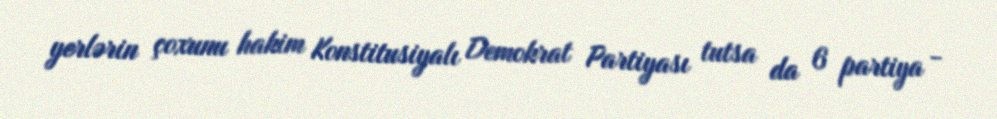
yerlərin çoxunu hakim Konstitusiyalı Demokrat Partiyası tutsa da 6 partiya -